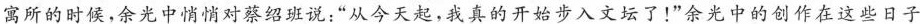
寓所的时候，余光中悄悄对蔡绍班说：”从今天起，我真的开始步入文坛了！”余光中的创作在这些日子